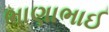
ભાણાભાઈ